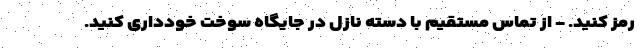
رمز کنید. - از تماس مستقیم با دسته نازل در جایگاه سوخت خودداری کنید.